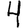
Digit: 4